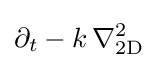
\partial _{t}-k\,\nabla _{\text{2D}}^{2}